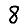
Digit: 8